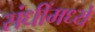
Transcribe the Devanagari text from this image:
संधींमध्ये